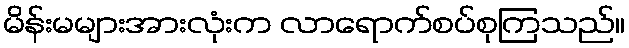
မိန်းမများအားလုံးက လာရောက်စပ်စုကြသည်။